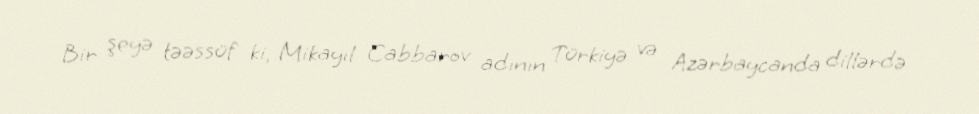
Bir şeyə təəssüf ki, Mikayıl Cabbarov adının Türkiyə və Azərbaycanda dillərdə